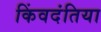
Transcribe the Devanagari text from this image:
किंवदंतिया